Indian journal of veterinary science and animal husbandry - Volume 2,
Year: 1932
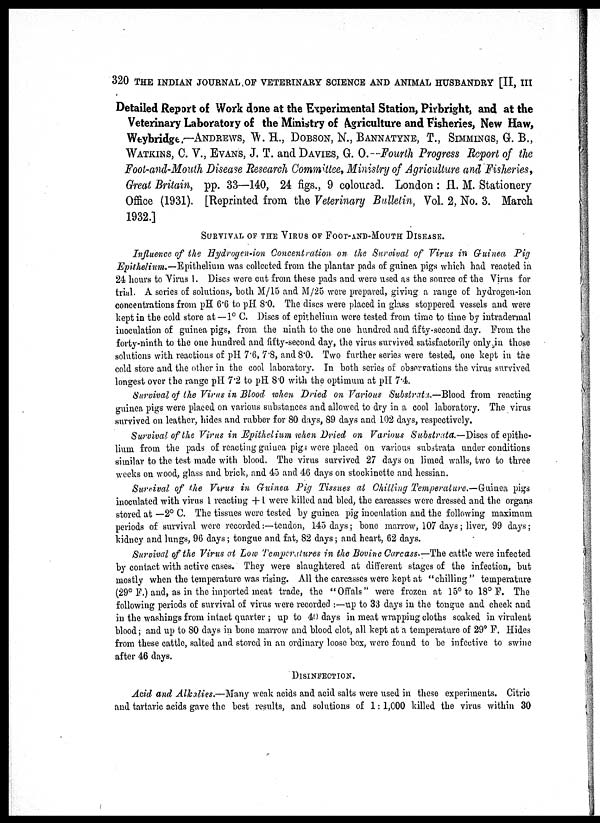
320 THE INDIAN JOURNAL OF VETERINARY SCIENCE AND ANIMAL HUSBANDRY [II, III
Detailed Report of Work done at the Experimental Station, Pirbright, and at the
Veterinary Laboratory of the Ministry of Agriculture and Fisheries, New Haw,
Weybridge.—ANDREWS, W. H., DOBSON, N., BANNATYNE, T., SIMMINGS, G. B.,
WATKINS, C. V., EVANS, J. T. and DAVIES, G. O.—Fourth Progress Report of the
Foot-and-Mouth Disease Research Committee, Ministry of Agriculture and Fisheries,
Great Britain, pp. 33—140, 24 figs., 9 coloured. London : H. M. Stationery
Office (1931). [Reprinted from the Veterinary Bulletin, Vol. 2, No. 3. March
1932.]
SURVIVAL OF THE VIRUS OF FOOT-AND-MOUTH DISEASE.
Influence of the Hydrogen-ion Concentration on the Survival of Virus in Guinea Pig
Epithelium.—Epithelium was collected from the plantar pads of guinea pigs which had reacted in
24 hours to Virus 1. Discs were cut from these pads and were used as the source of the Virus for
trial. A series of solutions, both M/15 and M/25 were prepared, giving a range of hydrogen-ion
concentrations from pH 6.6 to pH 8.0. The discs were placed in glass stoppered vessels and were
kept in the cold store at —1° C. Discs of epithelium were tested from time to time by intradermal
inoculation of guinea pigs, from the ninth to the one hundred and fifty-second day. From the
forty-ninth to the one hundred and fifty-second day, the virus survived satisfactorily only in those
solutions with reactions of pH 7.6, 7.8, and 8.0. Two further series were tested, one kept in the
cold store and the other in the cool laboratory. In both series of observations the virus survived
longest over the range pH 7.2 to pH 8.0 with the optimum at pH 7.4.
Survival of the Virus in Blood when Dried on Various Substrata.—Blood from reacting
guinea pigs were placed on various substances and allowed to dry in a cool laboratory. The virus
survived on leather, hides and rubber for 80 days, 89 days and 102 days, respectively.
Survival of the Virus in Epithelium when Dried on Various Substrata.—Discs of epithe-
lium from the pads of reacting guinea pigs were placed on various substrata under conditions
similar to the test made with blood. The virus survived 27 days on limed walls, two to three
weeks on wood, glass and brick, and 45 and 46 days on stockinette and hessian.
Survival of the Virus in Guinea Pig Tissues at Chilling Temperature.—Guinea pigs
inoculated with virus 1 reacting + 1 were killed and bled, the carcasses were dressed and the organs
stored at —2° C. The tissues were tested by guinea pig inoculation and the following maximum
periods of survival were recorded:—tendon, 145 days; bone marrow, 107 days; liver, 99 days;
kidney and lungs, 96 days; tongue and fat, 82 days; and heart, 62 days.
Survival of the Virus at Low Temperatures in the Bovine Carcass.—The cattle were infected
by contact with active cases. They were slaughtered at different stages of the infection, but
mostly when the temperature was rising. All the carcasses were kept at "chilling " temperature
(29° F.) and, as in the imported meat trade, the "Offals" were frozen at 15° to 18° F. The
following periods of survival of virus were recorded :—up to 33 days in the tongue and cheek and
in the washings from intact quarter ; up to 49 days in meat wrapping cloths soaked in virulent
blood; and up to 80 days in bone marrow and blood clot, all kept at a temperature of 29° F. Hides
from these cattle, salted and stored in an ordinary loose box, were found to be infective to swine
after 46 days.
DISINFECTION.
Acid and Alkalies.—Many weak acids and acid salts were used in these experiments. Citric
and tartaric acids gave the best results, and solutions of 1:1,000 killed the virus within 30